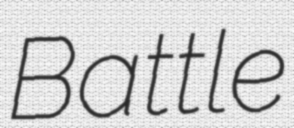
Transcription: Battle